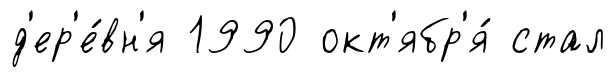
д'ер'е́вн'я 1990 окт'ябр'я́ стал